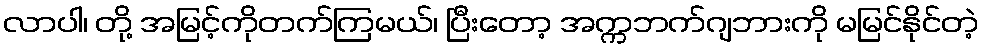
လာပါ၊ တို့ အမြင့်ကိုတက်ကြမယ်၊ ပြီးတော့ အက္ကဘက်ဂျဘားကို မမြင်နိုင်တဲ့